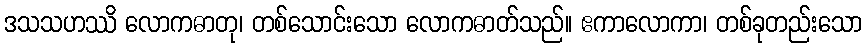
ဒသသဟဿိ လောကဓာတု၊ တစ်သောင်းသော လောကဓာတ်သည်။ ဧကာလောကာ၊ တစ်ခုတည်းသော